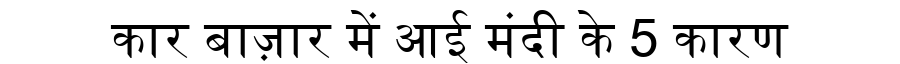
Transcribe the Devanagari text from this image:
कार बाज़ार में आई मंदी के 5 कारण